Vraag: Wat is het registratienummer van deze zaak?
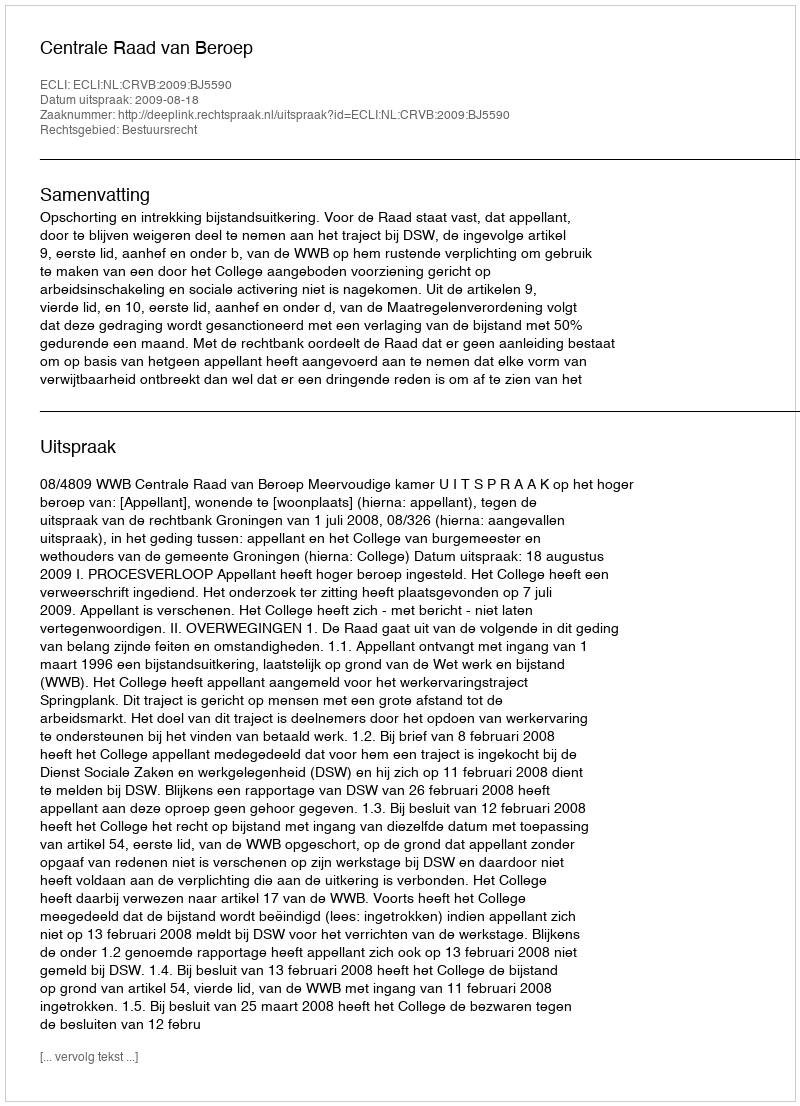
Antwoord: http://deeplink.rechtspraak.nl/uitspraak?id=ECLI:NL:CRVB:2009:BJ5590